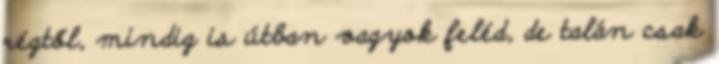
régtől, mindig is útban vagyok feléd, de talán csak